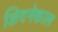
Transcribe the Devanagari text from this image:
शिदनेकाल